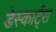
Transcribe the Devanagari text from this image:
डेस्कार्ट्स